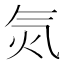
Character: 𣱛